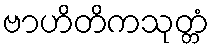
ဗာဟိတိကသုတ္တံ